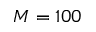
M = 1 0 0